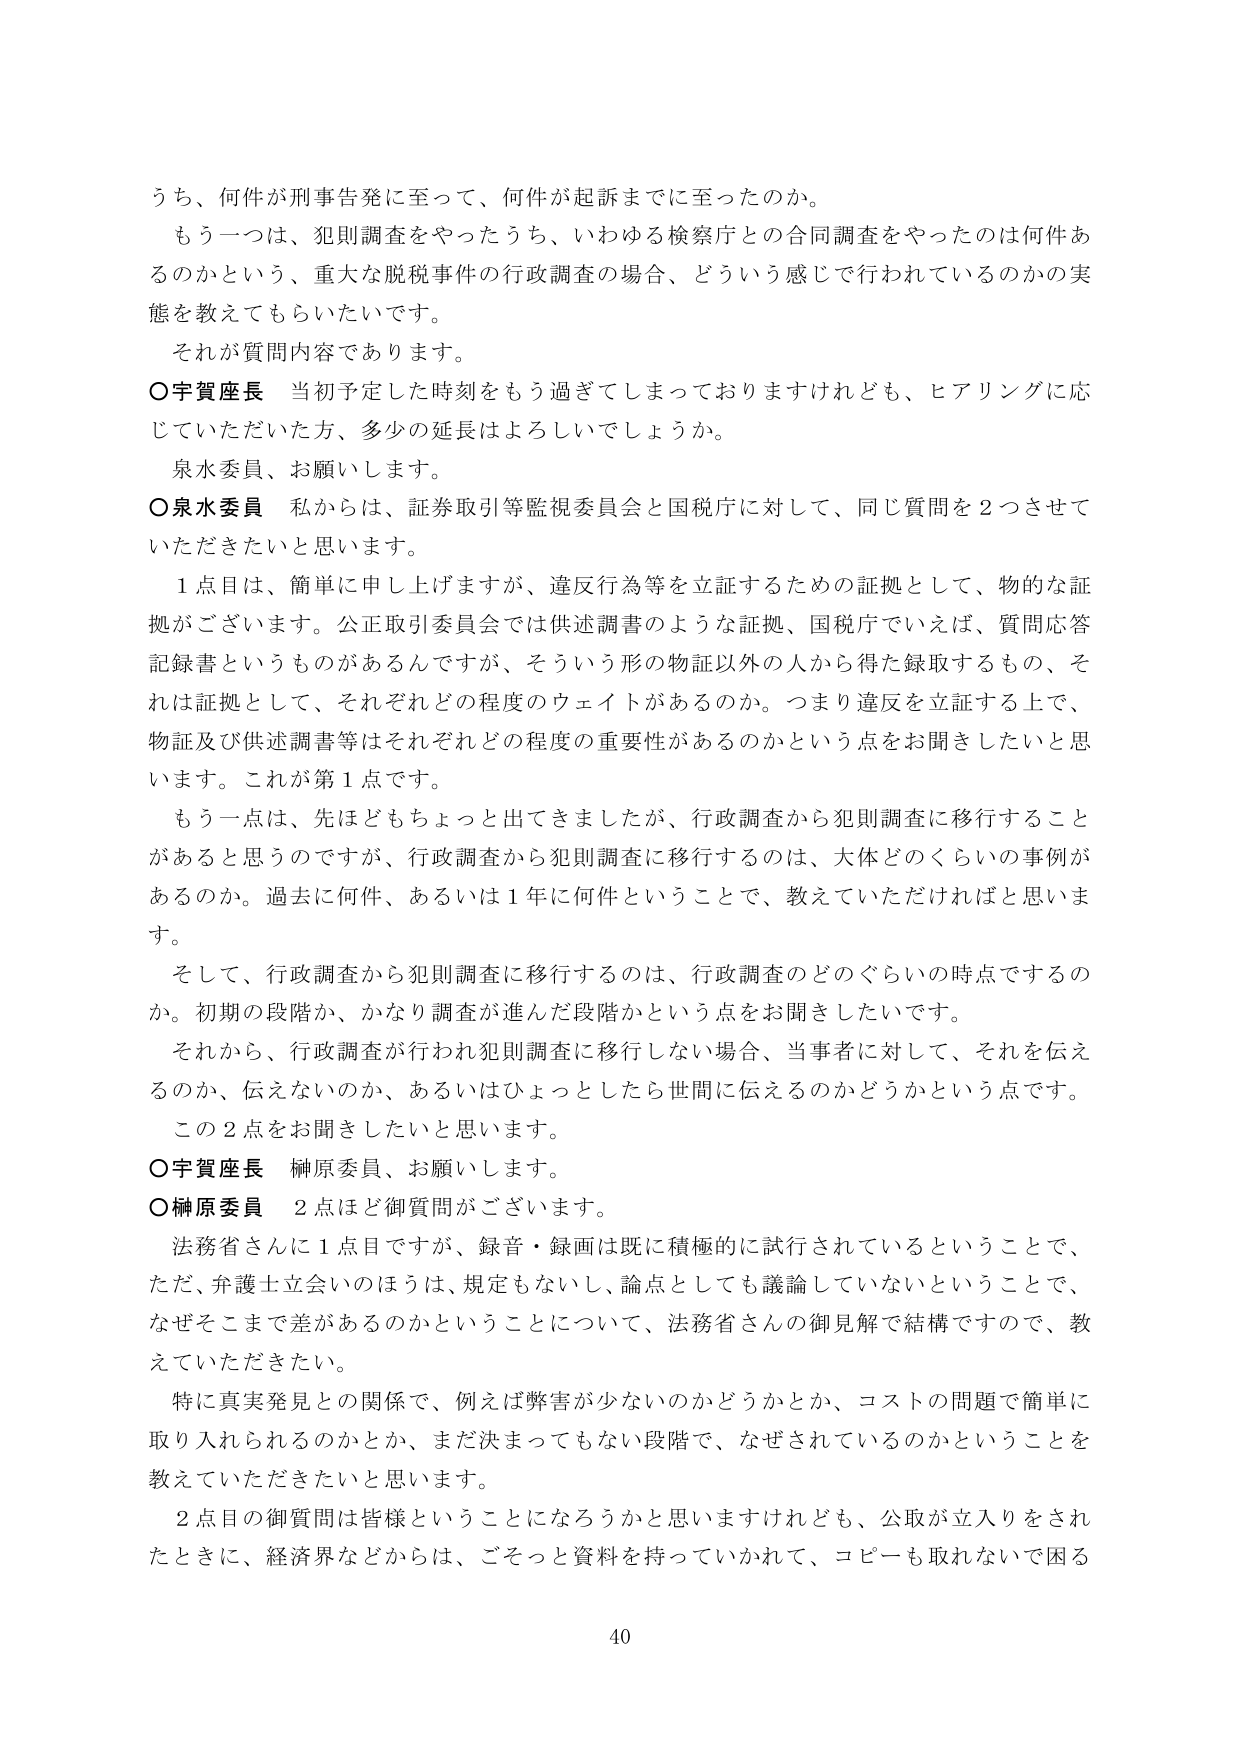
うち、何件が刑事告発に至って、何件が起訴までに至ったのか。

もう一つは、犯則調査をやったうち、いわゆる検察庁との合同調査をやったのは何件あるのかという、重大な脱税事件の行政調査の場合、どういう感じで行われているのかの実態を教えてもらいたいです。

それが質問内容であります。

○宇賀座長　当初予定した時刻をもう過ぎてしまっておりますけれども、ヒアリングに応じていただいた方、多少の延長はよろしいでしょうか。

泉水委員、お願いします。

○泉水委員　私からは、証券取引等監視委員会と国税庁に対して、同じ質問を2つさせていただきたいと思います。

1点目は、簡単に申し上げますが、違反行為等を立証するための証拠として、物的な証拠がございます。公正取引委員会では供述調書のような証拠、国税庁でいえば、質問応答記録書というものがあるんですが、そういう形の物証以外の人から得た録取するもの、それは証拠として、それぞれどの程度のウェイトがあるのか。つまり違反を立証する上で、物証及び供述調書等はそれぞれどの程度の重要性があるのかという点をお聞きしたいと思います。これが第1点です。

もう一点は、先ほどもちょっと出てきましたが、行政調査から犯則調査に移行することがあると思うのですが、行政調査から犯則調査に移行するのは、大体どのくらいの事例があるのか。過去に何件、あるいは1年に何件ということで、教えていただければと思います。

そして、行政調査から犯則調査に移行するのは、行政調査のどのぐらいの時点でするのか。初期の段階か、かなり調査が進んだ段階かという点をお聞きしたいです。

それから、行政調査が行われ犯則調査に移行しない場合、当事者に対して、それを伝えるのか、伝えないのか、あるいはひょっとしたら世間に伝えるのかどうかという点です。

この2点をお聞きしたいと思います。

○宇賀座長　榊原委員、お願いします。

○榊原委員　2点ほど御質問がございます。

法務省さんに1点目ですが、録音・録画は既に積極的に試行されているということで、ただ、弁護士立会いのほうは、規定もないし、論点としても議論していないということで、なぜそこまで差があるのかということについて、法務省さんの御見解で結構ですので、教えていただきたい。

特に真実発見との関係で、例えば弊害が少ないのかどうかとか、コストの問題で簡単に取り入れられるのかとか、まだ決まってもない段階で、なぜされているのかということを教えていただきたいと思います。

2点目の御質問は皆様ということになろうかと思いますけれども、公取が立入りをされたときに、経済界などからは、ごぞっと資料を持っていかれて、コピーも取れないで困る

40